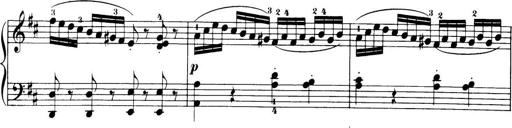
Title: 32 Sonatinas and Rondos for the Piano
Composer: Richard Kleinmichel